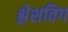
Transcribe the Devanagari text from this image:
श्लेशविग